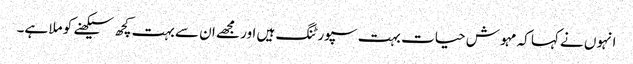
انہوں نے کہا کہ مہوش حیات بہت سپورٹنگ ہیں اور مجھے ان سے بہت کچھ سیکھنے کو ملا ہے۔